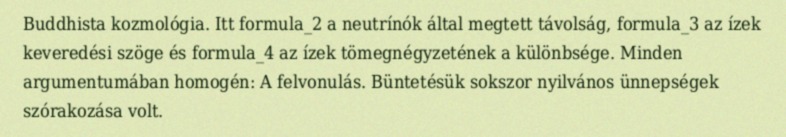
Buddhista kozmológia. Itt formula_2 a neutrínók által megtett távolság, formula_3 az ízek keveredési szöge és formula_4 az ízek tömegnégyzetének a különbsége. Minden argumentumában homogén: A felvonulás. Büntetésük sokszor nyilvános ünnepségek szórakozása volt.